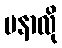
မနာလို